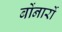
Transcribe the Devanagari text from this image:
बोंनार्रो